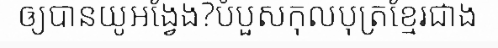
ឲ្យបានយូអង្វែង?បំបួសកុលបុត្រខ្មែរជាង